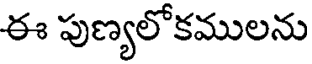
ఈ పుణ్యలోకములను